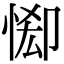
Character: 𢛠